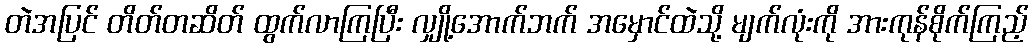
တဲအပြင် တိတ်တဆိတ် ထွက်လာကြပြီး လျှို့အောက်ဘက် အမှောင်ထဲသို့ မျက်လုံးကို အားကုန်စိုက်ကြည့်